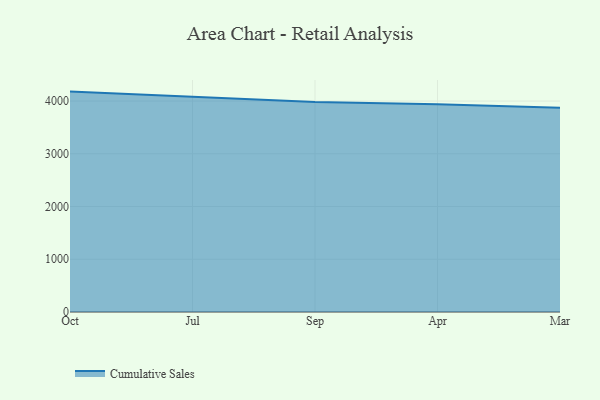
{"axis": {"x": "Month", "y": "Tickets Resolved"}, "legend": ["Cumulative Sales"], "data": [{"x": "Oct", "y": 4179.3, "type": "Cumulative Sales"}, {"x": "Jul", "y": 4074.8, "type": "Cumulative Sales"}, {"x": "Sep", "y": 3981.4, "type": "Cumulative Sales"}, {"x": "Apr", "y": 3937.1, "type": "Cumulative Sales"}, {"x": "Mar", "y": 3873.7, "type": "Cumulative Sales"}]}